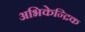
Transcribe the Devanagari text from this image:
अभिकेन्द्रिक